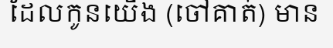
ដែលកូនយើង (ចៅគាត់) មាន